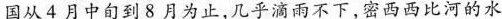
国从4月中旬到8月为止，几乎滴雨不下，密西西比河的水